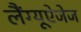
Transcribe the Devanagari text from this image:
लैंग्यूऐजेज